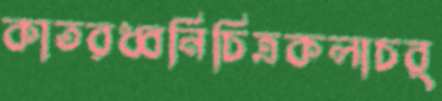
কাতরধ্বনিচিত্রকলাচর্